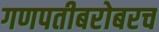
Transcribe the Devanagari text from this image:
गणपतीबरोबरच